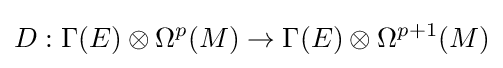
D:\Gamma (E)\otimes \Omega ^{p}(M)\to \Gamma (E)\otimes \Omega ^{p+1}(M)